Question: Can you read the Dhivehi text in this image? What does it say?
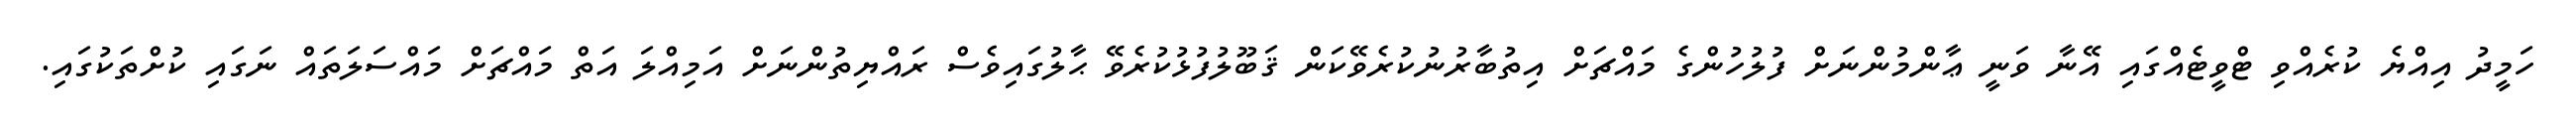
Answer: ހަމީދު އިއްޔެ ކުރެއްވި ޓްވީޓެއްގައި އޭނާ ވަނީ ޢާންމުންނަށް ފުލުހުންގެ މައްޗަށް އިތުބާރުނުކުރެވޭކަން ޤަބޫލުފުޅުކުރެވޭ ޙާލުގައިވެސް ރައްޔިތުންނަށް އަމިއްލަ އަތް މައްޗަށް މައްސަލަތައް ނަގައި ކުށްތަކުގައި.